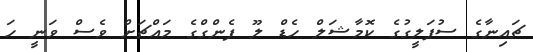
ޗައިނާގެ ސުޕަލީގުގެ ކޮމާޝަލް ހެޑް ލޫ ފެންގްގެ މައްޗަށް ވެސް ވަނީ ހަ